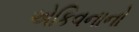
એકિવનાનો